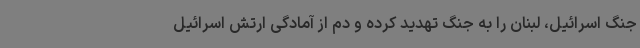
جنگ اسرائیل، لبنان را به جنگ تهدید کرده و دم از آمادگی ارتش اسرائیل